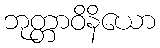
ဘုတ္တာဝိနိယော